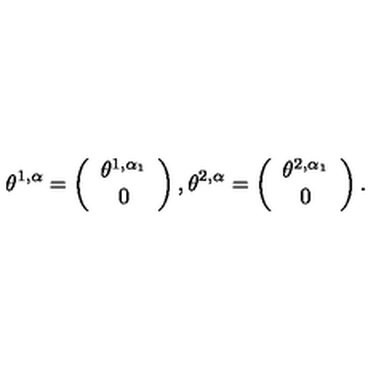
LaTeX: \theta ^ { 1 , \alpha } = \left( \begin{array} { c } { \theta ^ { 1 , \alpha _ { 1 } } } \\ { 0 } \\ \end{array} \right) , \theta ^ { 2 , \alpha } = \left( \begin{array} { c } { \theta ^ { 2 , \alpha _ { 1 } } } \\ { 0 } \\ \end{array} \right) .